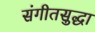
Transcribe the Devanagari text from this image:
संगीतसुद्धा